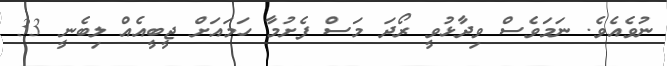
ނުވެއެވެ. ނަމަވެސް ވިދާޅުވީ ރޯދަ މަސް ފެށުމާ ހަމައަށް ޖީބީއެއް ލިބެނީ 33